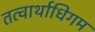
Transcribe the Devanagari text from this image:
तत्वार्थाधिगम